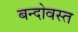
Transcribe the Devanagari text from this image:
बन्दोवस्त